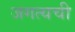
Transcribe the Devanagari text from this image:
जगत्यची